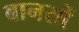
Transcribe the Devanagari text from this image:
बानसों